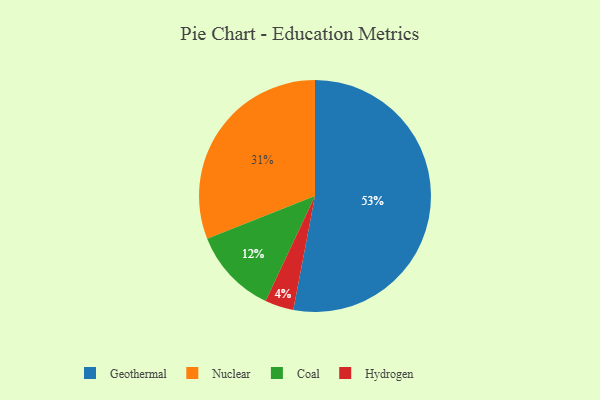
{"axis": {"x": "Category", "y": "Percentage"}, "legend": ["Coal", "Geothermal", "Hydrogen", "Nuclear"], "data": [{"x": "Nuclear", "y": 31, "type": "Nuclear"}, {"x": "Geothermal", "y": 53, "type": "Geothermal"}, {"x": "Hydrogen", "y": 4, "type": "Hydrogen"}, {"x": "Coal", "y": 12, "type": "Coal"}]}